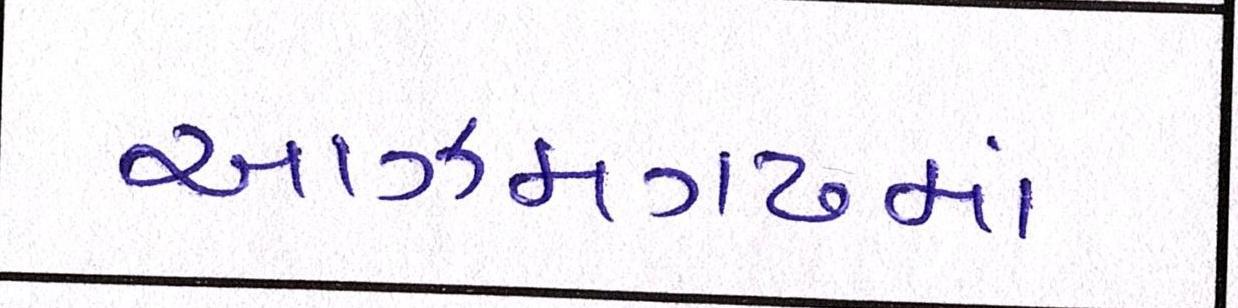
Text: આઝમગઢમાં